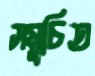
সমুচিত